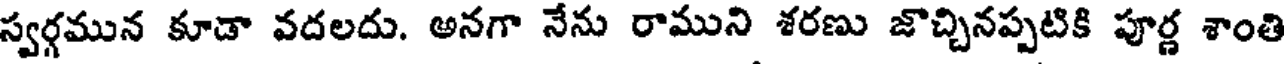
స్వర్గమున కూడా వదలదు. అనగా నేను రాముని శరణు జొచ్చినప్పటికి పూర్ణ శాంతి